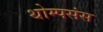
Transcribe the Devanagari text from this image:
थोम्पसंस